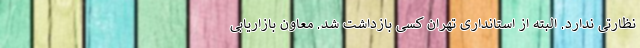
نظارتی ندارد. البته از استانداری تهران کسی بازداشت شد. معاون بازاریابی